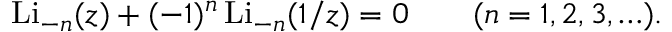
\operatorname { L i } _ { - n } ( z ) + ( - 1 ) ^ { n } \operatorname { L i } _ { - n } ( 1 / z ) = 0 \qquad ( n = 1 , 2 , 3 , \ldots ) .